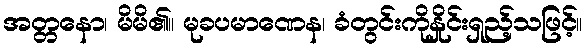
အတ္တနော၊ မိမိ၏။ မုခပမာဏေန၊ ခံတွင်းကိုနှိုင်းရှည့်သဖြင့်။